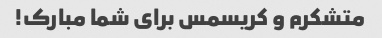
متشکرم و کریسمس برای شما مبارک!